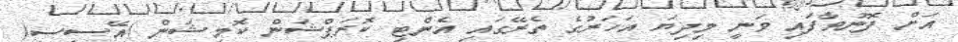
އަށް ފޮނުވާފައި ވަނީ މިދިޔަ އަހަރުގެ ތެރޭގައި އެންޓި ކޮރަޕްޝަން ކޮމިޝަން )އޭސީސީ(